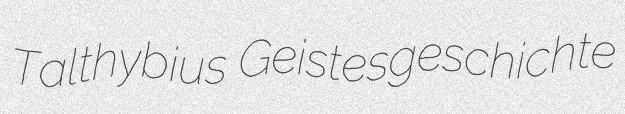
Talthybius Geistesgeschichte